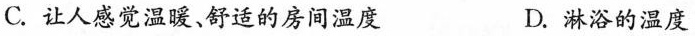
C.让人感觉温暖、舒适的房间温度 D.淋浴的温度